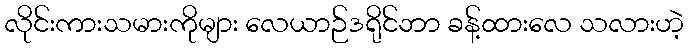
လိုင်းကားသမားကိုများ လေယာဉ်ဒရိုင်ဘာ ခန့်ထားလေ သလားဟဲ့